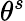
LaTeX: \theta^{s}